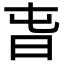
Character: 旾